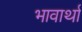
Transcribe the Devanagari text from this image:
भावार्था